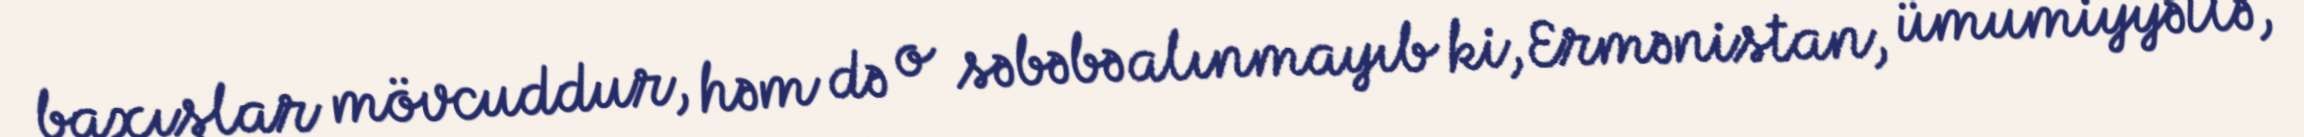
baxışlar mövcuddur, həm də o səbəbə alınmayıb ki, Ermənistan, ümumiyyətlə,